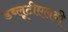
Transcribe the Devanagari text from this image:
डब्लूटीएलवी